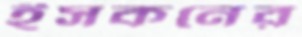
ইসকনের